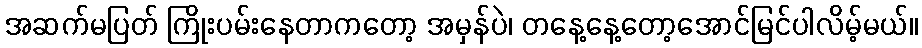
အဆက်မပြတ် ကြိုးပမ်းနေတာကတော့ အမှန်ပဲ၊ တနေ့နေ့တော့အောင်မြင်ပါလိမ့်မယ်။